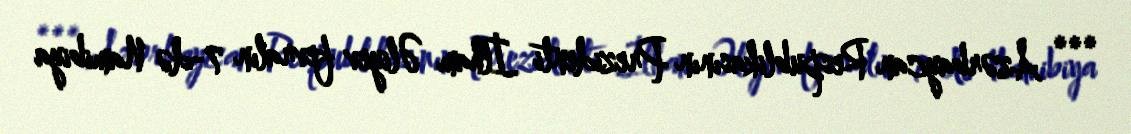
*** Azərbaycan Respublikasının Prezidenti İlham Əliyev fevralın 7-də Namibiya